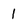
Character: 1